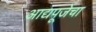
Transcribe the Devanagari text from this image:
आद्यपूजेचा